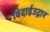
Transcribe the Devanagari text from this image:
विदाईउद्गार